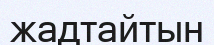
жадтайтын